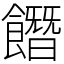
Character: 䭙